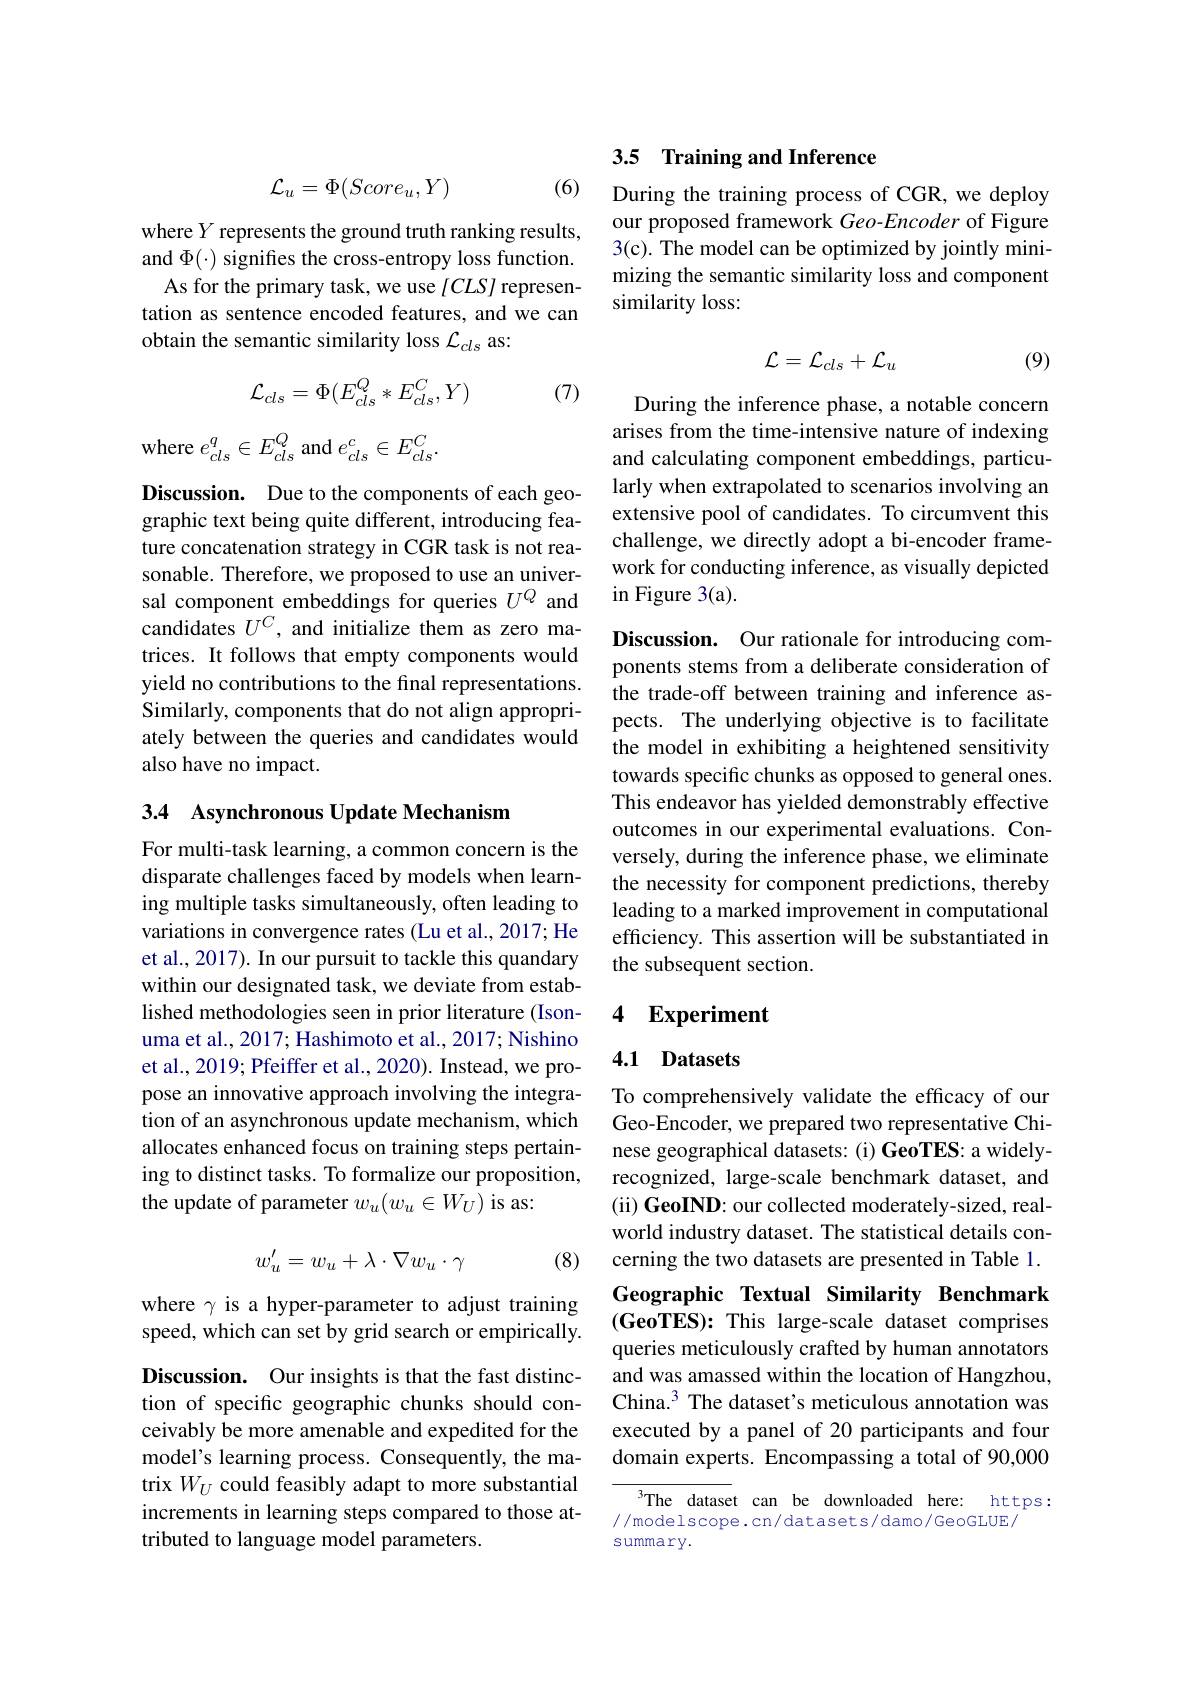
$$\mathcal{L}_{u}=\Phi(Score_{u},Y)$$
(6)

where $Y$ represents the ground truth ranking results, and $\Phi(\cdot)$ signifies the cross-entropy loss function.
As for the primary task, we use $[CLS]$ representation as sentence encoded features, and we can obtain the semantic similarity loss $\mathcal{L}_{cls}$ as:

(7)
$$\mathcal{L}_{cls}=\Phi(E_{cls}^{Q}*E_{cls}^{C},Y)$$
where $e_cls^{q}\in E_{cls}^{Q}$ and $e_cls^{c}\in E_{cls}^{C}.$

Discussion. Due to the components of each geographic text being quite different, introducing feature concatenation strategy in CGR task is not reasonable. Therefore, we proposed to use an universal component embeddings for queries $U^Q$ and candidates $U^C$, and initialize them as zero matrices. It follows that empty components would yield no contributions to the final representations. Similarly, components that do not align appropriately between the queries and candidates would also have no impact.

## 3.4 Asynchronous Update Mechanism

For multi-task learning, a common concern is the disparate challenges faced by models when learning multiple tasks simultaneously, often leading to variations in convergence rates (Lu et al., 2017; He et al., 2017). In our pursuit to tackle this quandary within our designated task, we deviate from established methodologies seen in prior literature (Isonuma et al., 2017; Hashimoto et al., 2017; Nishino et al., 2019; Pfeiffer et al., 2020). Instead, we propose an innovative approach involving the integration of an asynchronous update mechanism, which allocates enhanced focus on training steps pertaining to distinct tasks. To formalize our proposition, the update of parameter $w_u(w_u\in W_U)$ is as:
$$w_u'=w_u+\lambda\cdot\nabla w_u\cdot\gamma $$
(8)

where $\gamma$ is a hyper-parameter to adjust training speed, which can set by grid search or empirically. Discussion. Our insights is that the fast distinction of specific geographic chunks should conceivably be more amenable and expedited for the model's learning process. Consequently, the matrix $W_U$ could feasibly adapt to more substantial increments in learning steps compared to those attributed to language model parameters.

## 3.5 Training and Inference

During the training process of CGR, we deploy our proposed framework Geo-Encoder of Figure 3(c). The model can be optimized by jointly minimizing the semantic similarity loss and component similarity loss:
$$\mathcal{L}=\mathcal{L}_{cls}+\mathcal{L}_{u}$$
(9)

During the inference phase, a notable concern arises from the time-intensive nature of indexing and calculating component embeddings, particularly when extrapolated to scenarios involving an extensive pool of candidates. To circumvent this challenge, we directly adopt a bi-encoder framework for conducting inference, as visually depicted in Figure 3(a).

Discussion. Our rationale for introducing components stems from a deliberate consideration of the trade-off between training and inference aspects. The underlying objective is to facilitate the model in exhibiting a heightened sensitivity towards specific chunks as opposed to general ones. This endeavor has yielded demonstrably effective outcomes in our experimental evaluations. Conversely, during the inference phase, we eliminate the necessity for component predictions, thereby leading to a marked improvement in computational efficiency. This assertion will be substantiated in the subsequent section.

### 4 Experiment

## 4.1 Datasets

To comprehensively validate the efficacy of our Geo-Encoder, we prepared two representative Chinese geographical datasets: (i) GeoTES: a widelyrecognized, large-scale benchmark dataset, and (ii) GeoIND: our collected moderately-sized, realworld industry dataset. The statistical details concerning the two datasets are presented in Table 1. Geographic Textual Similarity Benchmark $( \textbf{GeoTES}) :$ This large-scale dataset comprises queries meticulously crafted by human annotators and was amassed within the location of Hangzhou, China.$^3$ The dataset's meticulous annotation was executed by a panel of 20 participants and four domain experts. Encompassing a total of 90,000

The dataset can be downloaded here: https:
//modelscope.cn/datasets/damo/GeoGLUE/
summary.